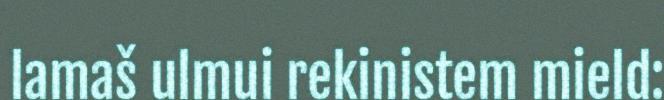
lamaš ulmui rekinistem mield: